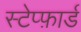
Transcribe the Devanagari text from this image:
स्टेप्फ़ार्ड